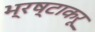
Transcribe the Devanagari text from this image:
भ्रष्टाकरू